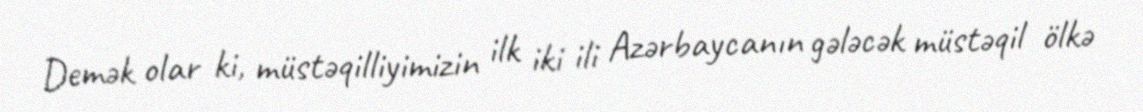
Demək olar ki, müstəqilliyimizin ilk iki ili Azərbaycanın gələcək müstəqil ölkə